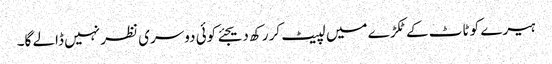
ہیرے کو ٹاٹ کے ٹکڑے میں لپیٹ کر رکھ دیجئے کوئی دوسری نظر نہیں ڈالے گا۔